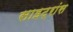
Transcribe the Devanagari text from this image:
साइट्रांस